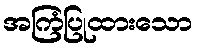
အကြံပြုထားသော